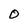
Character: O